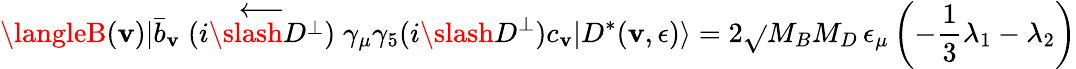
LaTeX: \langleB(\mathbf{v})|\bar{{b}}_{\mathbf{v}}\stackrel{\longleftarrow}{(i\slash{D}^{\perp})}\gamma_{\mu}\gamma_{5}(i\slash{D}^{\perp})c_{\mathbf{v}}|D^{*}(\mathbf{v},\epsilon)\rangle=2\sqrt{}{{M_{B}M_{D}}}\, \epsilon_{\mu}\left(-\frac{{1}}{{3}}\lambda_{1}-\lambda_{2}\right)